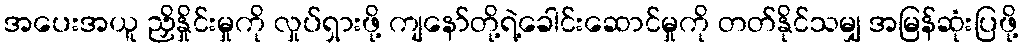
အပေးအယူ ညှိနှိုင်းမှုကို လှုပ်ရှားဖို့ ကျနော်တို့ရဲ့ခေါင်းဆောင်မှုကို တတ်နိုင်သမျှ အမြန်ဆုံးပြဖို့